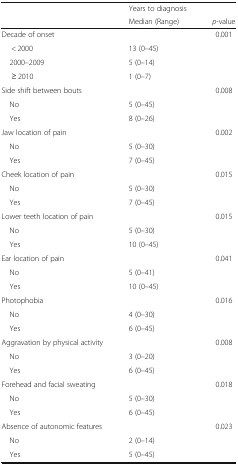
<table><thead><tr><td rowspan="2"></td><td><b>Years to diagnosis </b></td><td></td></tr><tr><td><b>Median (Range)</b></td><td><b><i>p</i>-value</b></td></tr></thead><tbody><tr><td>Decade of onset</td><td></td><td>0.001</td></tr><tr><td>&lt; 2000</td><td>13 (0–45)</td><td></td></tr><tr><td> 2000–2009</td><td>5 (0–14)</td><td></td></tr><tr><td>≥ 2010</td><td>1 (0–7)</td><td></td></tr><tr><td>Side shift between bouts</td><td></td><td>0.008</td></tr><tr><td> No</td><td>5 (0–45)</td><td></td></tr><tr><td> Yes</td><td>8 (0–26)</td><td></td></tr><tr><td>Jaw location of pain</td><td></td><td>0.002</td></tr><tr><td> No</td><td>5 (0–30)</td><td></td></tr><tr><td> Yes</td><td>7 (0–45)</td><td></td></tr><tr><td>Cheek location of pain</td><td></td><td>0.015</td></tr><tr><td> No</td><td>5 (0–30)</td><td></td></tr><tr><td> Yes</td><td>7 (0–45)</td><td></td></tr><tr><td>Lower teeth location of pain</td><td></td><td>0.015</td></tr><tr><td> No</td><td>5 (0–30)</td><td></td></tr><tr><td> Yes</td><td>10 (0–45)</td><td></td></tr><tr><td>Ear location of pain</td><td></td><td>0.041</td></tr><tr><td> No</td><td>5 (0–41)</td><td></td></tr><tr><td> Yes</td><td>10 (0–45)</td><td></td></tr><tr><td>Photophobia</td><td></td><td>0.016</td></tr><tr><td> No</td><td>4 (0–30)</td><td></td></tr><tr><td> Yes</td><td>6 (0–45)</td><td></td></tr><tr><td>Aggravation by physical activity</td><td></td><td>0.008</td></tr><tr><td> No</td><td>3 (0–20)</td><td></td></tr><tr><td> Yes</td><td>6 (0–45)</td><td></td></tr><tr><td>Forehead and facial sweating</td><td></td><td>0.018</td></tr><tr><td> No</td><td>5 (0–30)</td><td></td></tr><tr><td> Yes</td><td>6 (0–45)</td><td></td></tr><tr><td>Absence of autonomic features</td><td></td><td>0.023</td></tr><tr><td> No</td><td>2 (0–14)</td><td></td></tr><tr><td> Yes</td><td>5 (0–45)</td><td></td></tr></tbody></table>